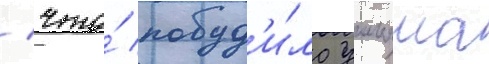
/ что́ побуд'и́ло уильяма